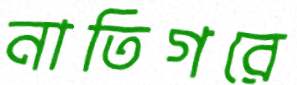
নাতিগরে